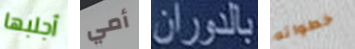
أجلبها أمي بالدوران خطواته